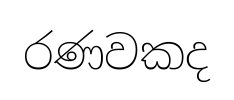
රණවකද